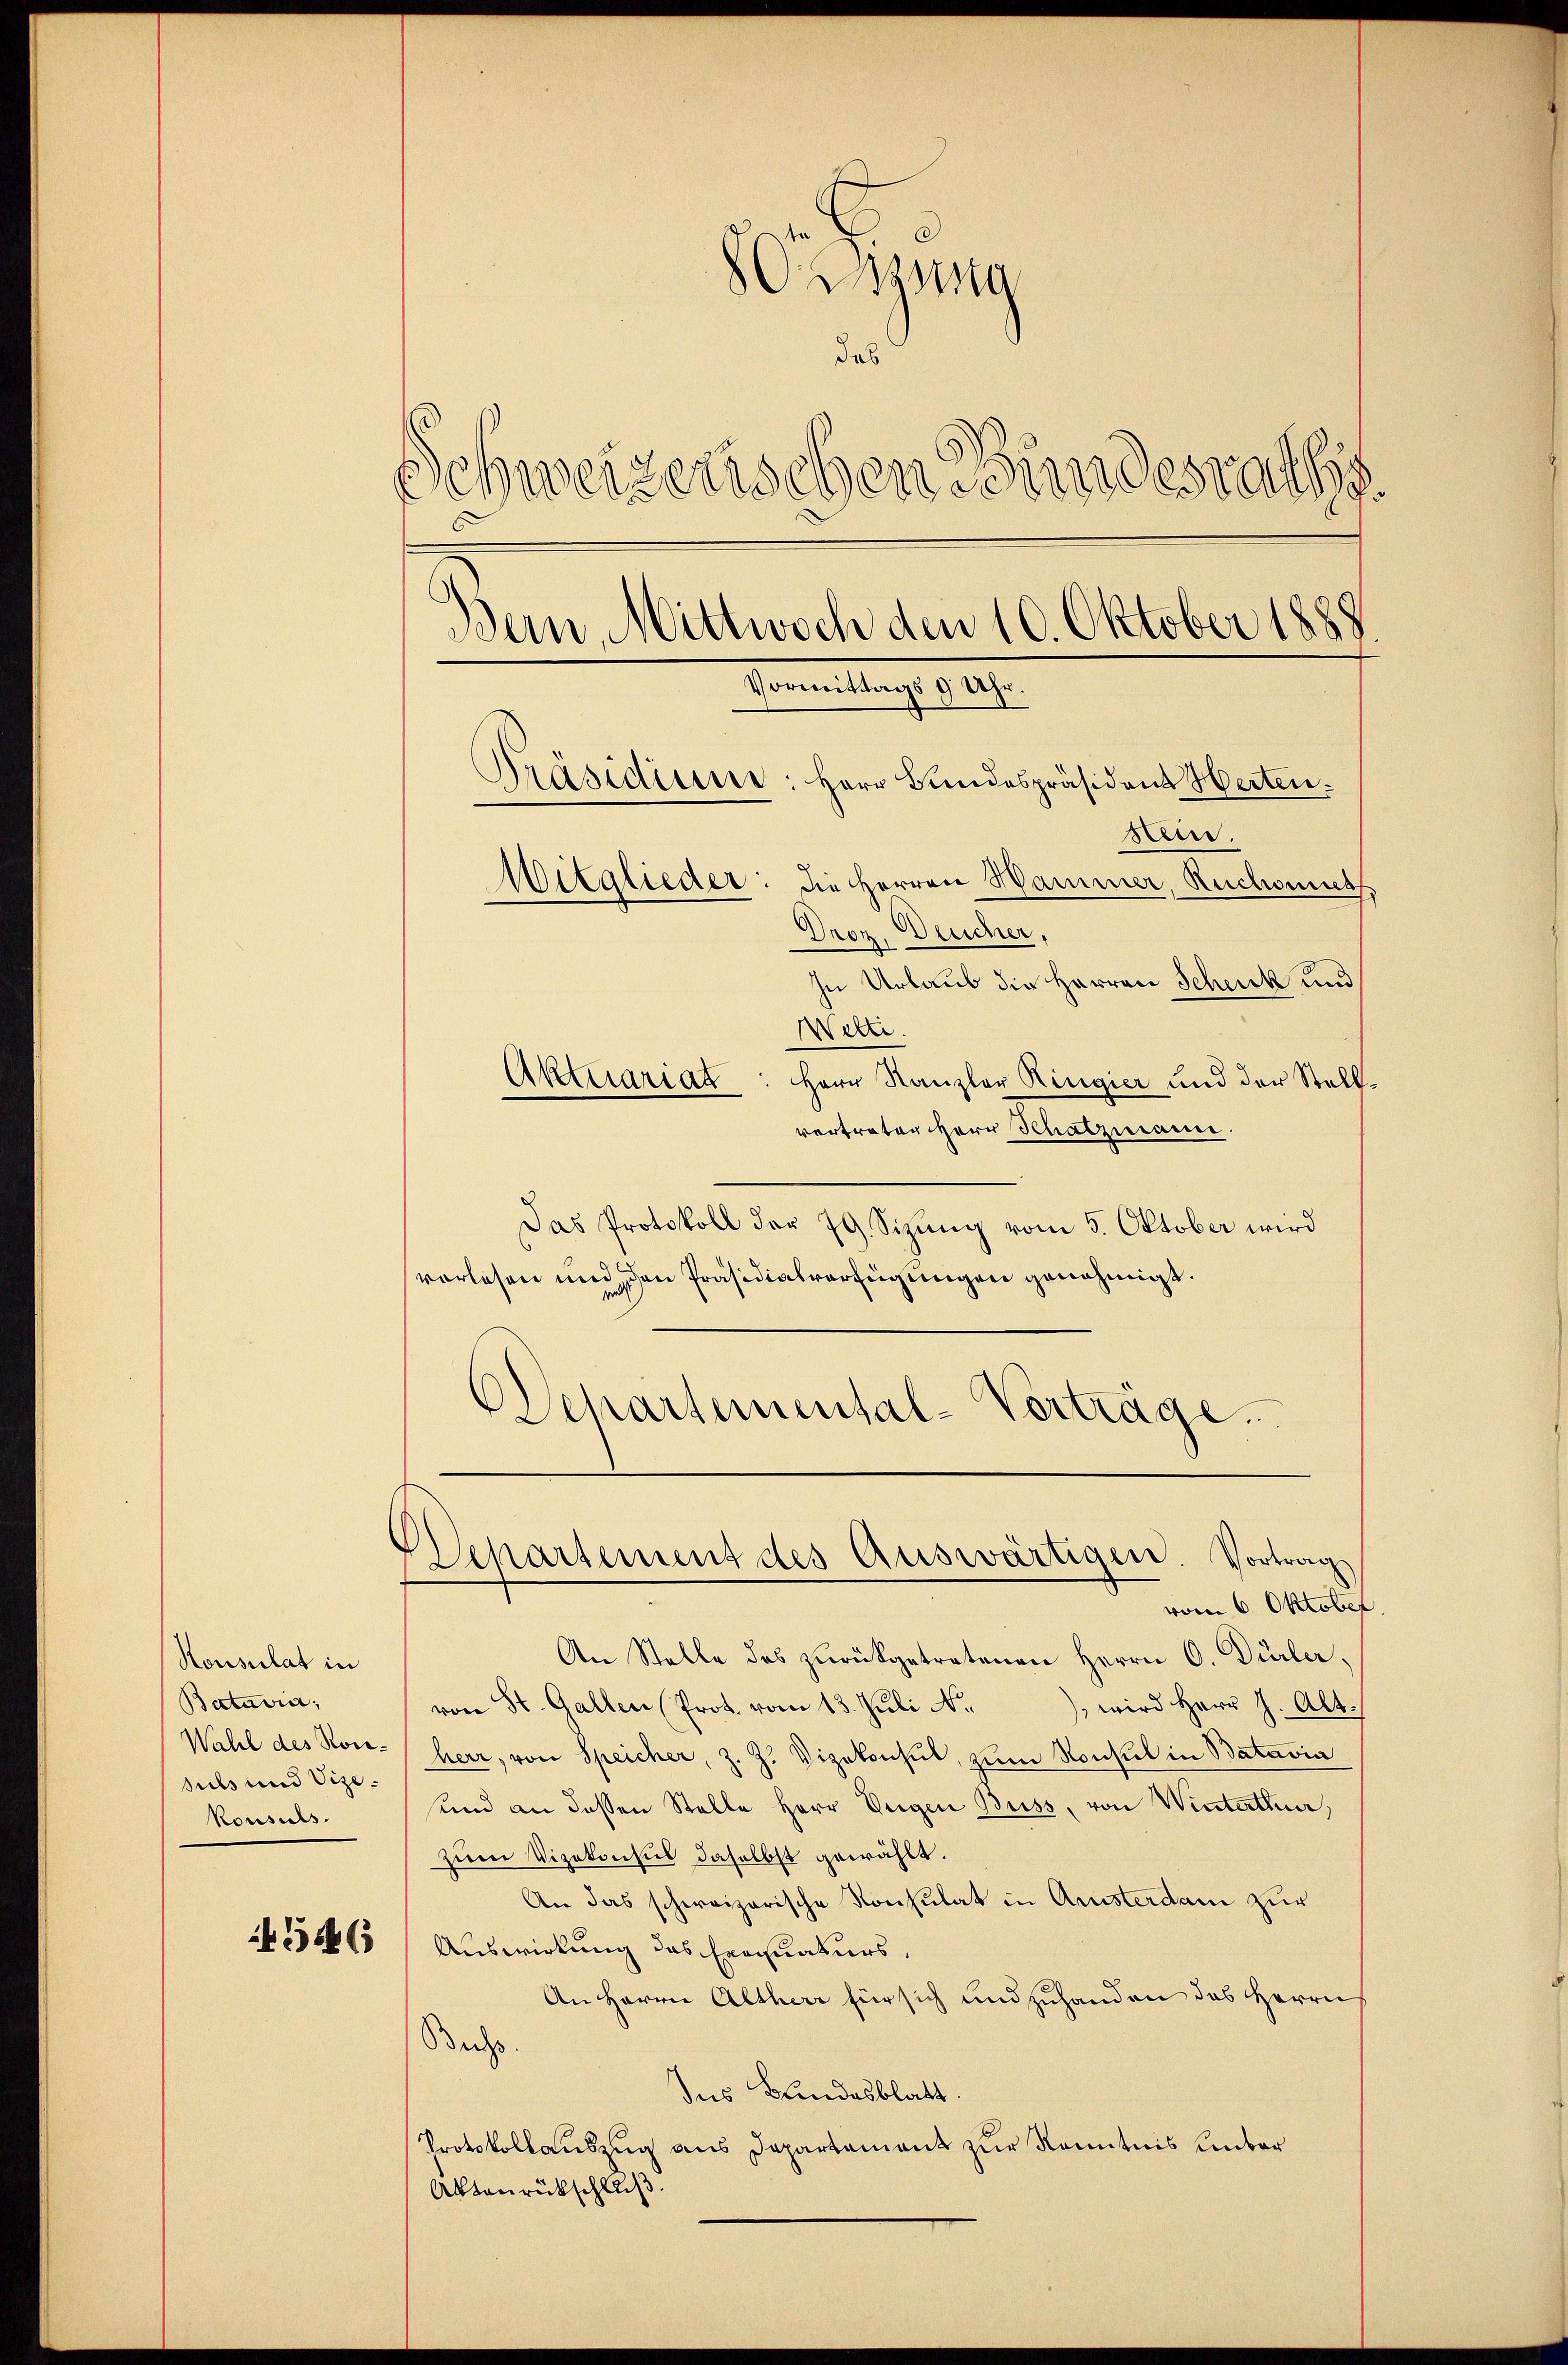
Honsulat in
Baturra,
Wahl des Kon-
suls und Vize.
Konsuls.

356

szug
b
Schweizerischen Bundesraths
Bern, Mittwoch den 10. Oktober 1888
Vormittag 8. 21.
Präsidium: Herr Bundespräsident Herten.
sein.
Mitglieder. Die Herren Hammer, Ruchonet
Droz. Deucher,
In Urlaub die Herren Schenk und
d
Aktuariat: Herr Kanzler Ringier und der Stell

vertraten Herr Schatzmann.
Das Protokoll der 79. Sizung vom 5. Oktober wird
vorlesen und schen Präsidialverfügungen genehmigt.
Departemental-Verträge.

Departement des Auswärtigen. Vortrag

vom 6. Oktober
An Stelle des zŭrückgetretenen Herrn O. Dürler,
) wird Herr J. Alt.
von St. Gallen (Prot. vom 13. Juli N.
herr, von Speicher, z. Z. Vizekonhut, zum Konsul in Batavia
sund an dassen Stelle Herr Eugen Buss, von Winterthur,
zum Vizekonsul daselbst gewählt.
An das schweizerische Konsulat in Arnsterdam zur
Auswirkung das Exequaturs,
An Herrn Altherr für sich und zuhanden das Herrn
Buchs.
Ins Bundesblatt
Protokollauszug aus Departament zur Kenntnis ember
Altanrückschluß.